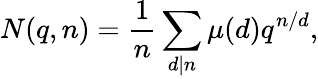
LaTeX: N(q,n)={\frac{1}{n}}\sum_{d\mid n}\mu(d)q^{n/d},